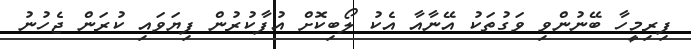
ފިރިމީހާ ބޭނުންވި ވަގުތަކު އޭނާއާ އެކު ލޯބިކޮށް އުފާކުރުން ފިޔަވައި ކުރަން ޖެހުނު